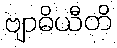
ဗျာဓိယီတိ